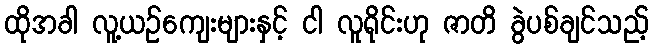
ထိုအခါ လူ့ယဉ်ကျေးများနှင့် ငါ လူရိုင်းဟု ဇာတိ ခွဲပစ်ချင်သည့်